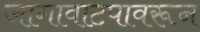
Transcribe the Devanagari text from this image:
जागावाटपावरून